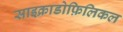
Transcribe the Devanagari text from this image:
साइक्राडोफ़िलिकल